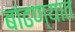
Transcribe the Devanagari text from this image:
बांढण्यात